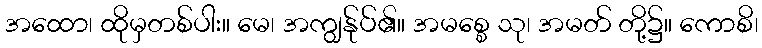
အထော၊ ထိုမှတစ်ပါး။ မေ၊ အကျွန်ုပ်၏။ အမစ္စေ သု၊ အမတ် တို့၌။ ကောစိ၊